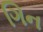
ગિન